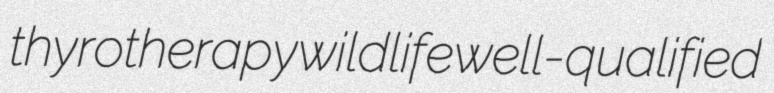
thyrotherapy wildlife well-qualified